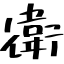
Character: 衛